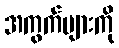
အကွက်များကို